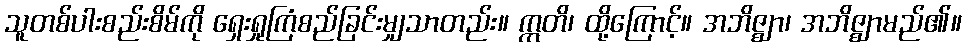
သူတစ်ပါးစည်းစိမ်ကို ရှေးရှုကြံစည်ခြင်းမျှသာတည်း။ ဣတိ၊ ထို့ကြောင့်။ အဘိဇ္ဈာ၊ အဘိဇ္ဈာမည်၏။